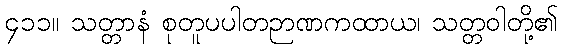
၄၁၁။ သတ္တာနံ စုတူပပါတဉာဏကထာယ၊ သတ္တဝါတို့၏